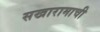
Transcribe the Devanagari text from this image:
सखारामाची